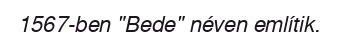
1567-ben "Bede" néven említik.